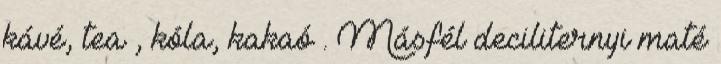
kávé, tea , kóla, kakaó . Másfél deciliternyi maté